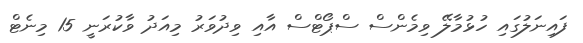
ފައިނަލުގައި ހުޅުމާލޭ ވިމެންސް ސްޕޯޓްސް އާއި ވިދުވަރު މިއަދު ވާކުރަނީ 15 މިނެޓް